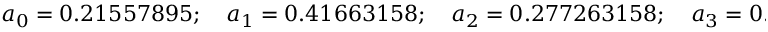
a _ { 0 } = 0 . 2 1 5 5 7 8 9 5 ; \quad a _ { 1 } = 0 . 4 1 6 6 3 1 5 8 ; \quad a _ { 2 } = 0 . 2 7 7 2 6 3 1 5 8 ; \quad a _ { 3 } = 0 . 0 8 3 5 7 8 9 4 7 ; \quad a _ { 4 } = 0 . 0 0 6 9 4 7 3 6 8 .